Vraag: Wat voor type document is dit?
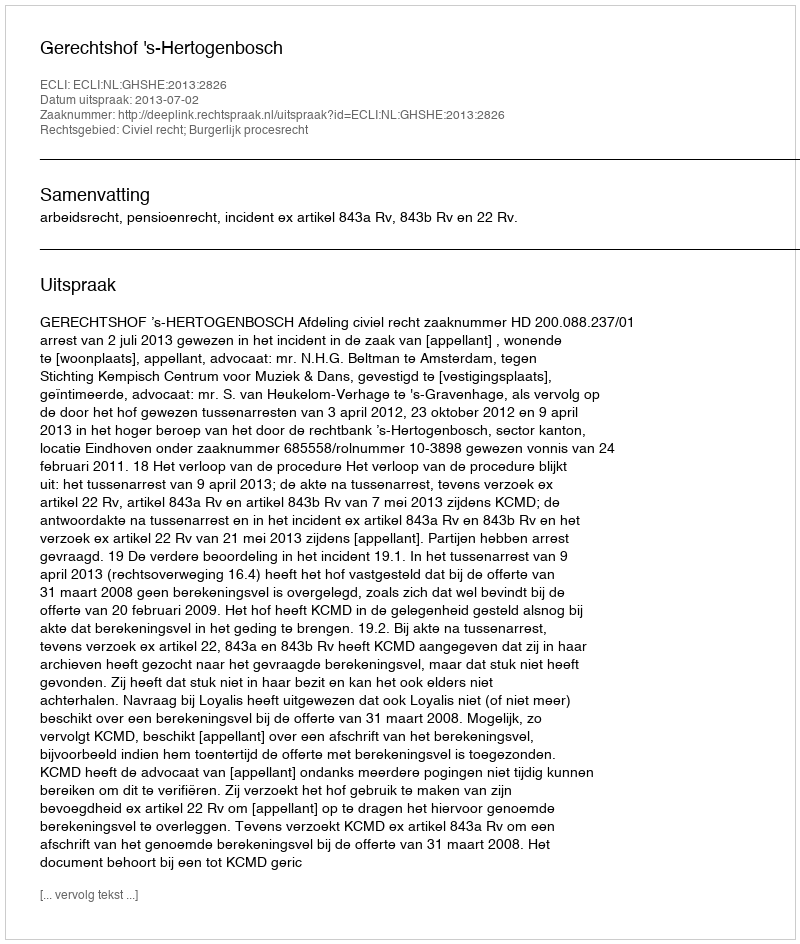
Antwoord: Uitspraak